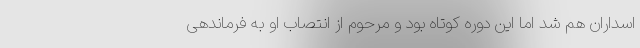
اسداران هم شد اما این دوره کوتاه بود و مرحوم از انتصاب او به فرماندهی